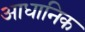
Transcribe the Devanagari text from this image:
आधानिक